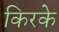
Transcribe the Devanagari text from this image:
किरके